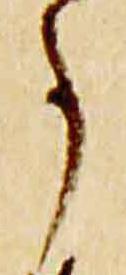
事